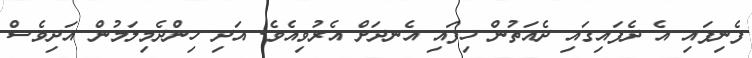
ފެނިފައި އެ ދެފައިގައި ދެއަތުން ހިފައި އެނދަށް އެރުވިއެވެ. އަދި ހިންދެމިލަމުން އަދިވެސް